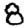
Digit: 8